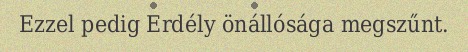
Ezzel pedig Erdély önállósága megszűnt.